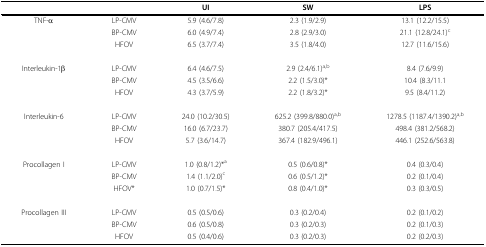
<table><thead><tr><td></td><td></td><td><b>UI</b></td><td><b>SW</b></td><td><b>LPS</b></td></tr></thead><tbody><tr><td>TNF-α</td><td>LP-CMV</td><td>5.9 (4.6/7.8)</td><td>2.3 (1.9/2.9)</td><td>13.1 (12.2/15.5)</td></tr><tr><td></td><td>BP-CMV</td><td>6.0 (4.9/7.4)</td><td>2.8 (2.9/3.0)</td><td>21.1 (12.8/24.1)<sup>c</sup></td></tr><tr><td></td><td>HFOV</td><td>6.5 (3.7/7.4)</td><td>3.5 (1.8/4.0)</td><td>12.7 (11.6/15.6)</td></tr><tr><td>Interleukin-1β</td><td>LP-CMV</td><td>6.4 (4.6/7.5)</td><td>2.9 (2.4/6.1)<sup>a,b</sup></td><td>8.4 (7.6/9.9)</td></tr><tr><td></td><td>BP-CMV</td><td>4.5 (3.5/6.6)</td><td>2.2 (1.5/3.0)*</td><td>10.4 (8.3/11.1</td></tr><tr><td></td><td>HFOV</td><td>4.3 (3.7/5.9)</td><td>2.2 (1.8/3.2)*</td><td>9.5 (8.4/11.2)</td></tr><tr><td>Interleukin-6</td><td>LP-CMV</td><td>24.0 (10.2/30.5)</td><td>625.2 (399.8/880.0)<sup>a,b</sup></td><td>1278.5 (1187.4/1390.2)<sup>a,b</sup></td></tr><tr><td></td><td>BP-CMV</td><td>16.0 (6.7/23.7)</td><td>380.7 (205.4/417.5)</td><td>498.4 (381.2/568.2)</td></tr><tr><td></td><td>HFOV</td><td>5.7 (3.6/14.7)</td><td>367.4 (182.9/496.1)</td><td>446.1 (252.6/563.8)</td></tr><tr><td>Procollagen I</td><td>LP-CMV</td><td>1.0 (0.8/1.2)*<sup>a</sup></td><td>0.5 (0.6/0.8)*</td><td>0.4 (0.3/0.4)</td></tr><tr><td></td><td>BP-CMV</td><td>1.4 (1.1/2.0)<sup>c</sup></td><td>0.6 (0.5/1.2)*</td><td>0.2 (0.1/0.4)</td></tr><tr><td></td><td>HFOV*</td><td>1.0 (0.7/1.5)*</td><td>0.8 (0.4/1.0)*</td><td>0.3 (0.3/0.5)</td></tr><tr><td>Procollagen III</td><td>LP-CMV</td><td>0.5 (0.5/0.6)</td><td>0.3 (0.2/0.4)</td><td>0.2 (0.1/0.2)</td></tr><tr><td></td><td>BP-CMV</td><td>0.6 (0.5/0.8)</td><td>0.3 (0.2/0.3)</td><td>0.2 (0.1/0.3)</td></tr><tr><td></td><td>HFOV</td><td>0.5 (0.4/0.6)</td><td>0.3 (0.2/0.3)</td><td>0.2 (0.2/0.3)</td></tr></tbody></table>